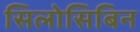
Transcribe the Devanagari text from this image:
सिलोसिबिन